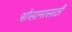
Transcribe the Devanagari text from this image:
ओसामासाठी